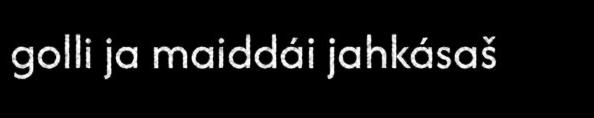
golli ja maiddái jahkásaš